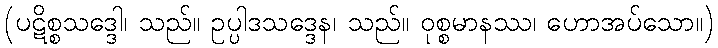
(ပဋိစ္စသဒ္ဒေါ၊ သည်။ ဥပ္ပါဒသဒ္ဒေန၊ သည်။ ဝုစ္စမာနဿ၊ ဟောအပ်သော။)